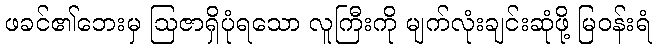
ဖခင်၏ဘေးမှ ဩဇာရှိပုံရသော လူကြီးကို မျက်လုံးချင်းဆုံဖို့ မြဝန်းရံ